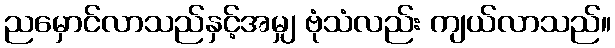
ညမှောင်လာသည်နှင့်အမျှ ဗုံသံလည်း ကျယ်လာသည်။